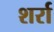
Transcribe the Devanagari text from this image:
शर्रा